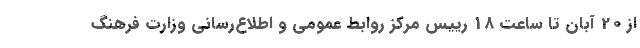
از 20 آبان تا ساعت 18 رییس مرکز روابط عمومی و اطلاع‌رسانی وزارت فرهنگ